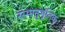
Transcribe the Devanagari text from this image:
समानुभूतिक